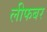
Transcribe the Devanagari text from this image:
लीफबर